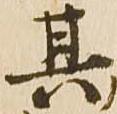
其